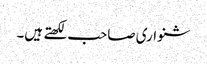
شنواری صاحب لکھتے ہیں۔